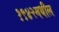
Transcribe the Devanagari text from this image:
१९४२मधील